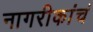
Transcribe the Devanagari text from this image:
नागरीकांचं